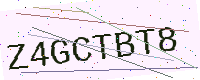
Text: Z4GCTBT8